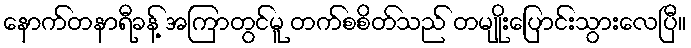
နောက်တနာရီခန့် အကြာတွင်မူ တက်စစိတ်သည် တမျိုးပြောင်းသွားလေပြီ။